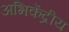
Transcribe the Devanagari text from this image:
अभिकेंद्रीय